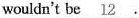
\underline{12}.